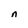
Character: n